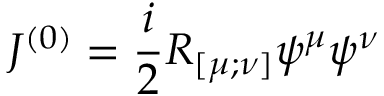
{ \cal J } ^ { ( 0 ) } = \frac i 2 R _ { [ \mu ; \nu ] } \psi ^ { \mu } \psi ^ { \nu }